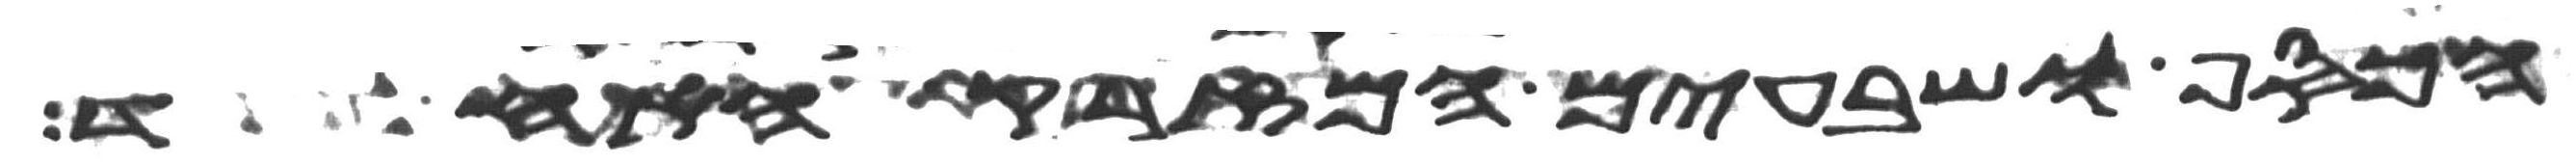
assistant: הכסף ושבעים המזרק האחד